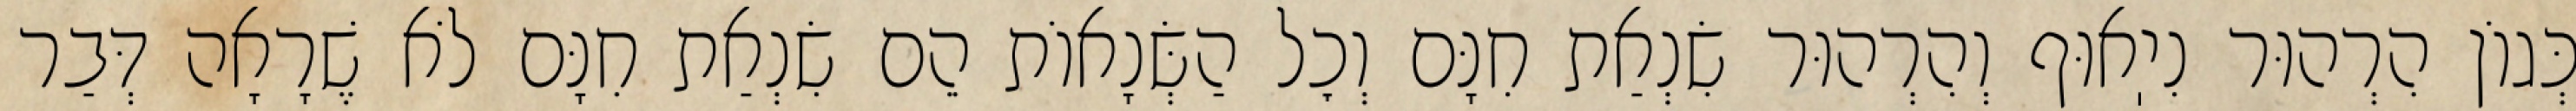
כְּגוֹן הִרְהוּר נִיֽאוּף וְהִרְהוּר שִׂנְאַת חִנָּם וְכׇל הַשְּׂנָאוֹת הֵם שִׂנְאַת חִנָּם לֹא שֶׁרָאָה דְּבַר